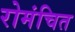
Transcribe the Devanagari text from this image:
रोमंचित